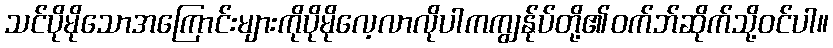
သင်ပိုမိုသောအကြောင်းများကိုပိုမိုလေ့လာလိုပါကကျွန်ုပ်တို့၏ဝက်ဘ်ဆိုက်သို့ဝင်ပါ။